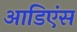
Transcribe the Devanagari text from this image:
आडिएंस